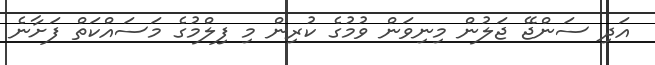
އަދި ސަންޖޭ ޖަލުން މިނިވަން ވުމުގެ ކުރިން މި ފިލްމުގެ މަސައްކަތް ފަށާނެ